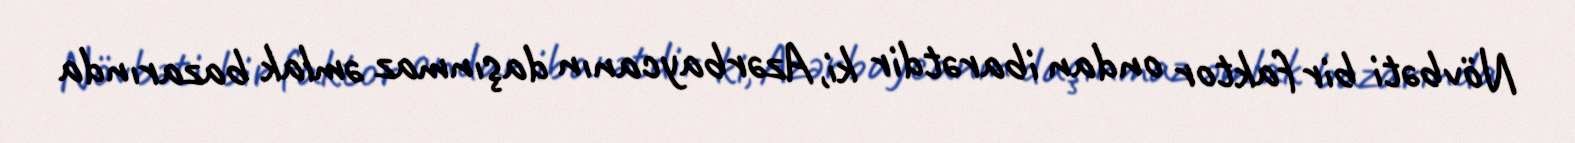
Növbəti bir faktor ondan ibarətdir ki, Azərbaycanın daşınmaz əmlak bazarında